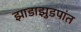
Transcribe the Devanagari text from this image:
झाडाझुडपांत